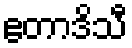
ဧတာဒိသီ